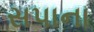
સપાના